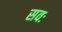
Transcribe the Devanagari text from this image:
सवः